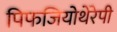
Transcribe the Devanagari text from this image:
पिफजियोथेरेपी